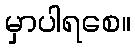
မှာပါရစေ။